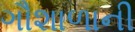
ગૌશાળાની